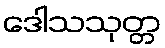
ဒေါသသုတ္တ